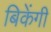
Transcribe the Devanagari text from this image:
बिकेंगी